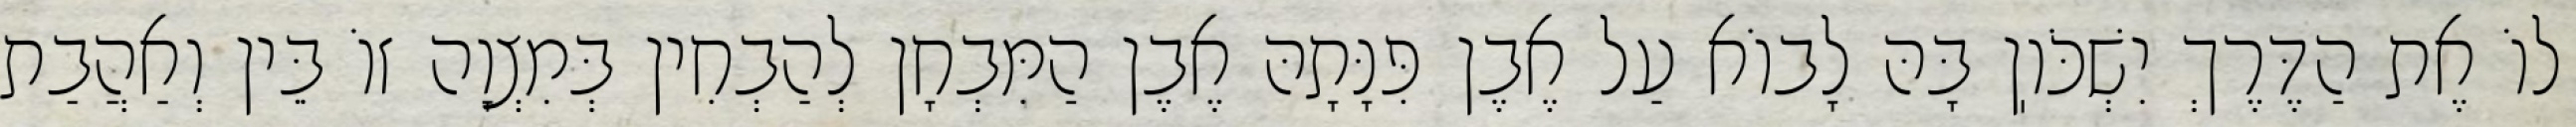
לוֹ אֶת הַדֶּרֶךְ יִשְׁכֹּוֽן בָּהּ לָבוֹא עַל אֶבֶן פִּנָּתָהּ אֶבֶן הַמִּבְחָן לְהַבְחִין בְּמִצְוָה זוֹ בֵּין וְאַהֲבַת